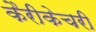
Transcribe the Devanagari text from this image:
कैरीकेचरी